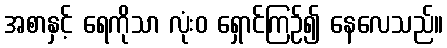
အစာနှင့် ရေကိုသာ လုံးဝ ရှောင်ကြဉ်၍ နေလေသည်။